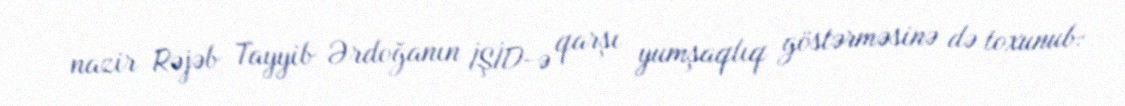
nazir Rəjəb Tayyib Ərdoğanın İŞİD-ə qarşı yumşaqlıq göstərməsinə də toxunub: